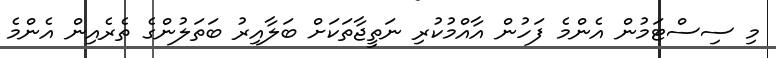
މި ސިސްޓަމުން އެންމެ ފަހުން އާއްމުކުރި ނަތީޖާތަކަށް ބަލާއިރު ބަތަލުންގެ ތެރެއިން އެންމެ